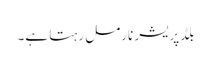
بلڈپریشر نارمل رہتا ہے۔